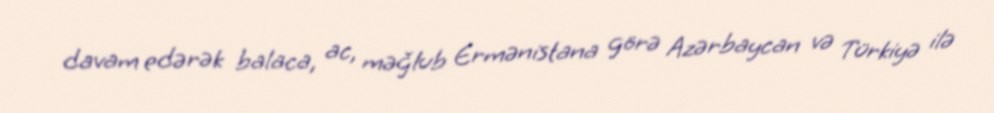
davam edərək balaca, ac, məğlub Ermənistana görə Azərbaycan və Türkiyə ilə